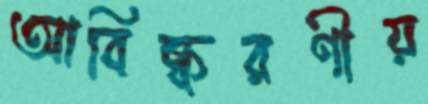
আবিষ্করণীয়